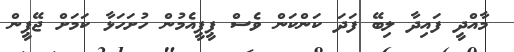
މާއްދީ ފައިދާ ލިބޭ ފަދަ ކަންކަން ވެސް ޕީޕީއެމުން ހުށަހަޅާ ކަމަށް ޖޭޕީން